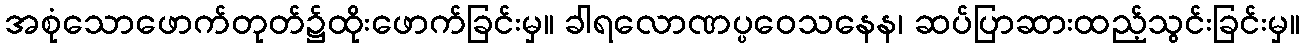
အစုံသောဖောက်တုတ်၌ထိုးဖောက်ခြင်းမှ။ ခါရလောဏပ္ပဝေသနေန၊ ဆပ်ပြာဆားထည့်သွင်းခြင်းမှ။